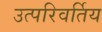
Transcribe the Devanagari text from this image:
उत्परिवर्तिय